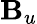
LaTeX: \mathbf{B}_{u}